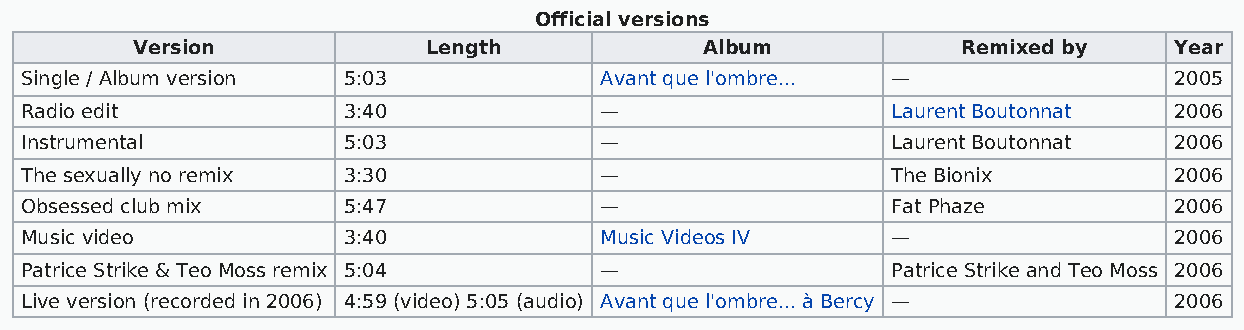
Official versions
 Version            Length             Album            Remixed by    Year
 Single / Album version 5:03            Avant que l'ombre... —                2005
 Radio edit            3:40             —                  Laurent Boutonnat  2006
 Instrumental          5:03             —                  Laurent Boutonnat  2006
 The sexually no remix 3:30             —                  The Bionix         2006
 Obsessed club mix     5:47             —                  Fat Phaze          2006
 Music video           3:40             Music Videos IV    —                  2006
 Patrice Strike & Teo Moss remix 5:04   —                  Patrice Strike and Teo Moss 2006
 Live version (recorded in 2006) 4:59 (video) 5:05 (audio) Avant que l'ombre... à Bercy — 2006